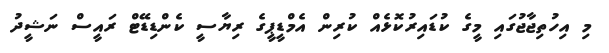
މި އިހުތިޖާޖުގައި މީގެ ކުޑައިރުކޮޅެއް ކުރިން އެމްޑީޕީގެ ރިޔާސީ ކެންޑިޑޭޓް ރައީސް ނަޝީދު